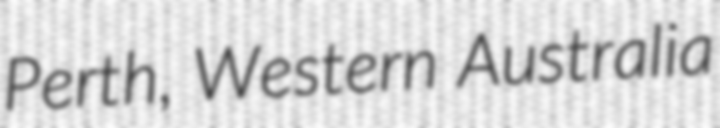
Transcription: Perth, Western Australia